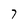
Character: 7